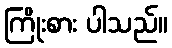
ကြိုးစား ပါသည်။